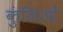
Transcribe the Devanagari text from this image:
कुंजिओं